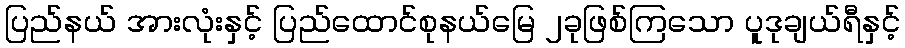
ပြည်နယ် အားလုံးနှင့် ပြည်ထောင်စုနယ်မြေ ၂ခုဖြစ်ကြသော ပူဒုချယ်ရီနှင့်